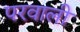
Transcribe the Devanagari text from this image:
परवाली